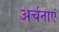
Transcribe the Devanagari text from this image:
अर्चनाएं